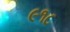
૯૧૮